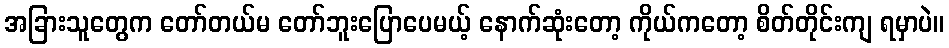
အခြားသူတွေက တော်တယ်မ တော်ဘူးပြောပေမယ့် နောက်ဆုံးတော့ ကိုယ်ကတော့ စိတ်တိုင်းကျ ရမှာပဲ။